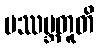
ပဿမ္ဘတူတိ